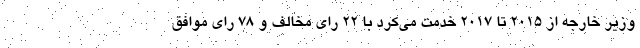
وزیر خارجه از ۲۰۱۵ تا ۲۰۱۷ خدمت می‌کرد با ۲۲ رای مخالف و ۷۸ رای موافق